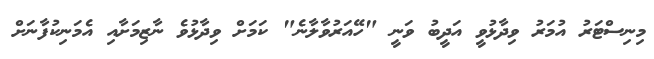
މިނިސްޓަރު އުމަރު ވިދާޅުވީ އަދީބު ވަނީ "ހޭއަރުވާލާނެ" ކަމަށް ވިދާޅުވެ ނާޒިމަށާއި އެމަނިކުފާނަށް